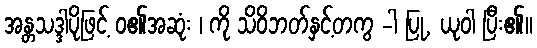
အန္တသဒ္ဒါပိုဖြင့် ဝ၏အဆုံး ၊ ကို သိဝိဘတ်နှင့်တကွ -ါ ပြု, ယုဝါ ပြီး၏။